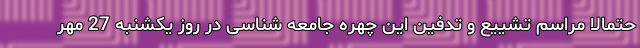
حتمالا مراسم تشییع و تدفین این چهره جامعه شناسی در روز یکشنبه 27 مهر